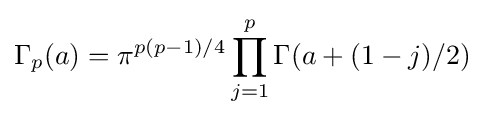
\Gamma _{p}(a)=\pi ^{p(p-1)/4}\prod _{j=1}^{p}\Gamma (a+(1-j)/2)